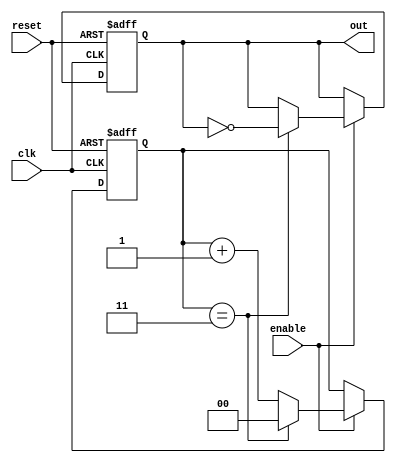
module divide_by_n_counter #(
    parameter N = 4 // Parameter to define the divide factor
)(
    input wire clk,       // Clock input
    input wire reset,     // Reset input
    input wire enable,    // Enable input
    output reg out        // Output signal
);

    // Internal counter
    reg [$clog2(N)-1:0] count; // Counter to hold the current count

    // Always block for counter logic
    always @(posedge clk or posedge reset) begin
        if (reset) begin
            count <= 0; // Reset the counter to zero
            out <= 0;   // Reset the output
        end else if (enable) begin
            if (count == N-1) begin
                count <= 0; // Reset the counter if it reaches N
                out <= ~out; // Toggle the output
            end else begin
                count <= count + 1; // Increment the counter
            end
        end
    end

endmodule